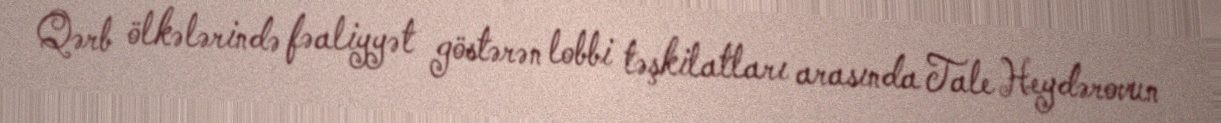
Qərb ölkələrində fəaliyyət göstərən lobbi təşkilatları arasında Tale Heydərovun